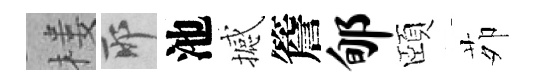
楼耶池撼簷郇頤茆